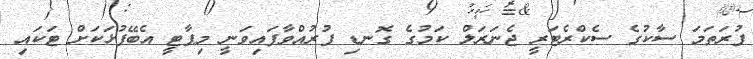
ފުރަތަމަ ސާކުގެ ސެކްރެޓަރީ ޖެނަރަލް ކަމުގެ ގޮނޑި ފުރުއްވާފައިވަނީ މިޕާޓީ އެބޭފުޅަކަށް ޓަކައި